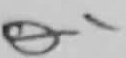
Text: Q1